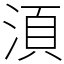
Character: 湏